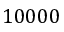
1 0 0 0 0